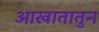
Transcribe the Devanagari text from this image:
आखातातुन